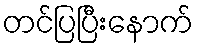
တင်ပြပြီးနောက်